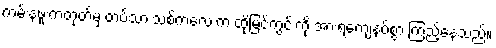
ကမ်းနဖူးကတုတ်မှ တပ်သားသစ်ကလေးက ထိုမြင်ကွင်းကို အားရကျေနပ်စွာ ကြည့်နေသည်။